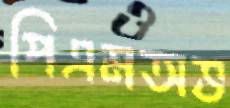
পিএমঅভ